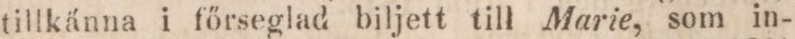
tillkänna i főrseglad biljett till Marie, som in-